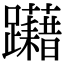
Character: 躤